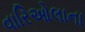
વારિઓલાના